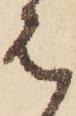
は